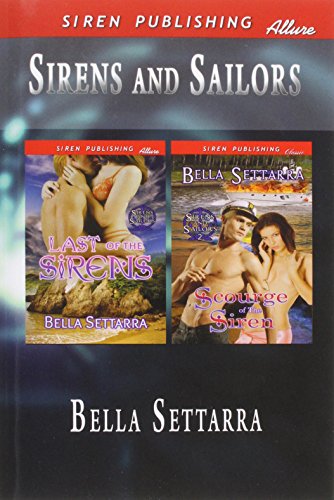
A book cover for Sirens and Sailors [Last of the Sirens: Scourge of the Siren] (Siren Publishing Allure); Bella Settarra; Romance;